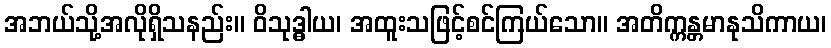
အဘယ်သို့အလိုရှိသနည်း။ ဝိသုဒ္ဓါယ၊ အထူးသဖြင့်စင်ကြယ်သော။ အတိက္ကန္တမာနုသိကာယ၊